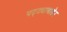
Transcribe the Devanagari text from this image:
पट्ट्याबाहेर